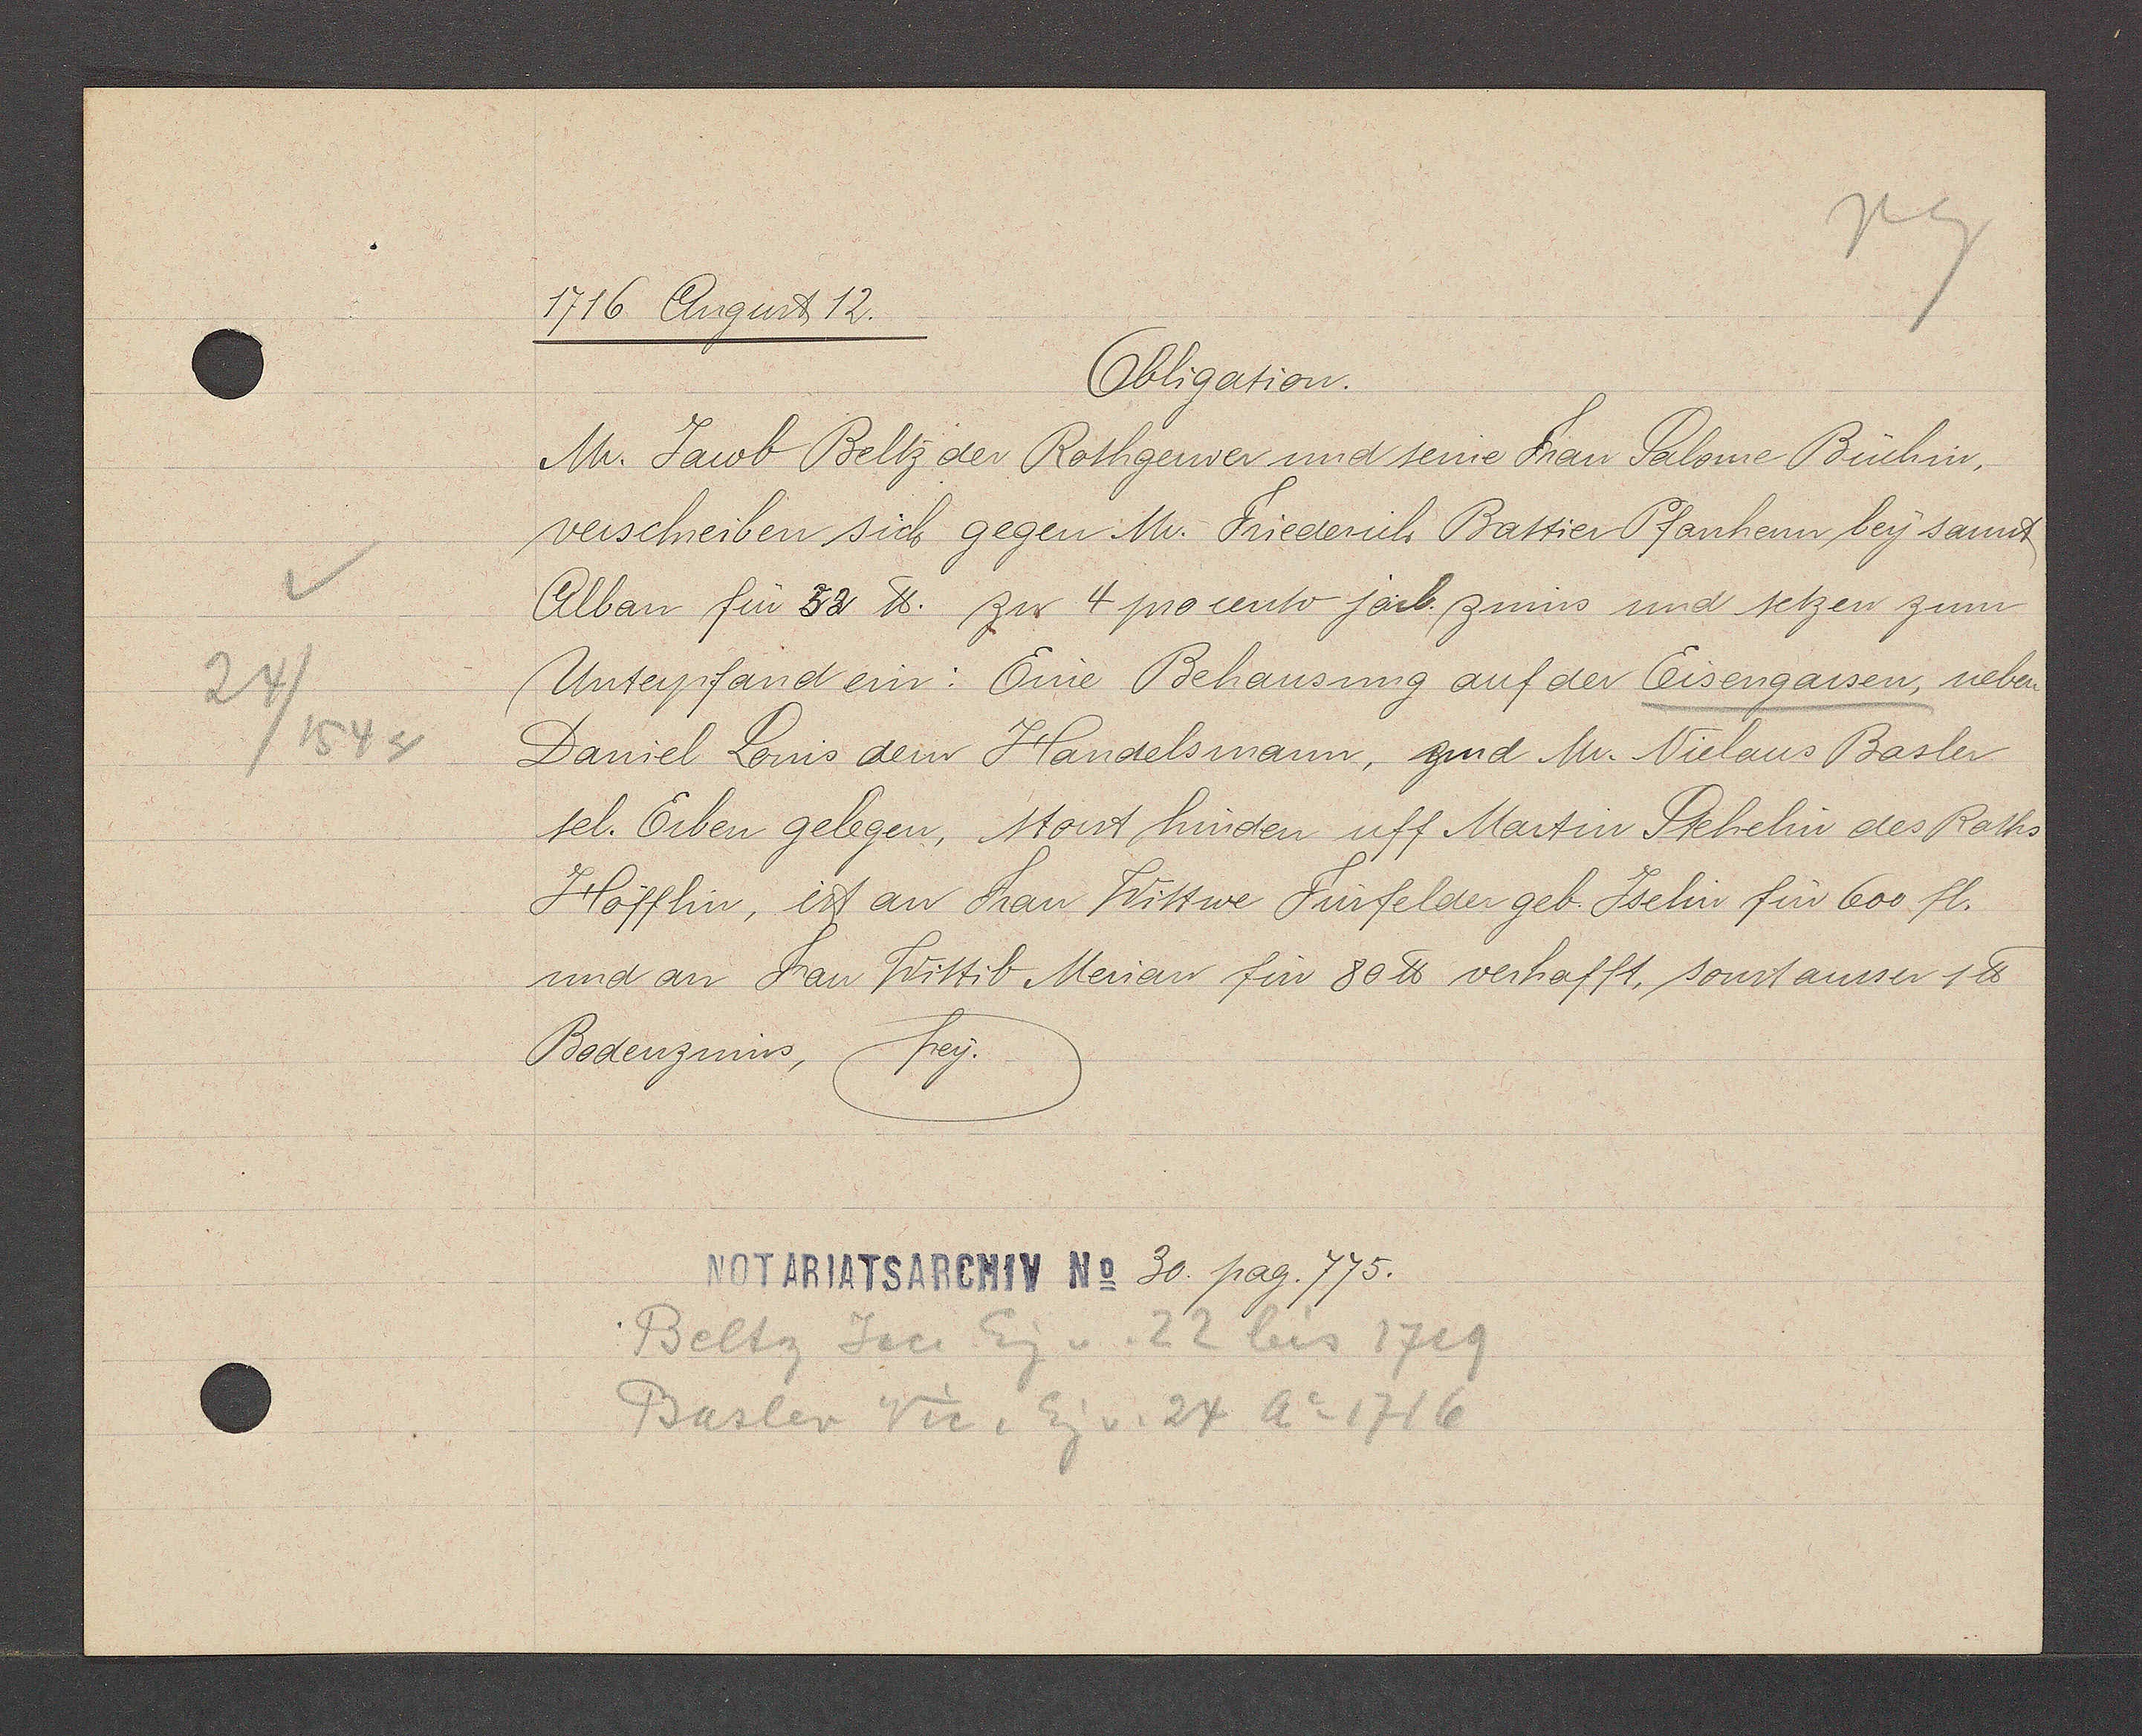
Transcript:
24/1544

1716 August 12.
Obligation.
Mr. Jacob Beltz der Rothgerwer und seine Frau Salome Büchin.
verschreiben sich gegen Mr. Friederich Battier Pfanheim bey sannt
Alban für 52 ℔. zu 4 procento jarl. zinns und setzen zum
Unterpfand ein: Eine Behausung auf der Eisengassen, neben
Daniel Lowis dem Handelsmann, zund Mr. Niclaus Basler
sel. Erben gelegen, stosst hinden uff Martin Stehelin des Raths
Höfflin, ist an Fau Wittwe Furfelder geb Jselin für 600 fl.
und an Frau Wittib Merian für 80 ℔ verhafft, sonst ausser 1 ℔
Bodenzinns, frey.
30. pag. 775
Beltz Jac. Eg v. 22 bis 1719
Basler Vic. Eg. v. Ao 1716